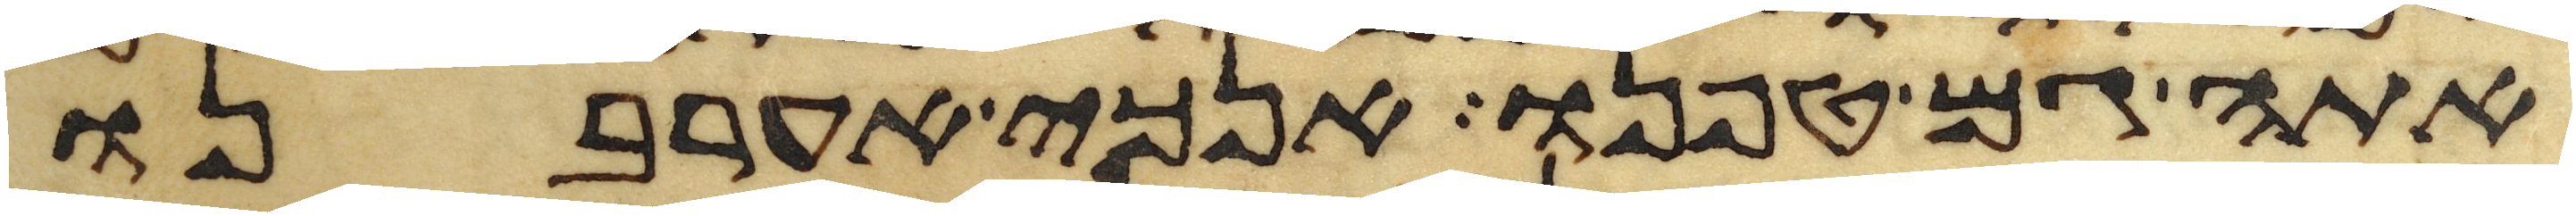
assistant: אתה גם טפנו אנכי אערבנו